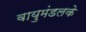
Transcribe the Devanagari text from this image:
वायुमंडलके